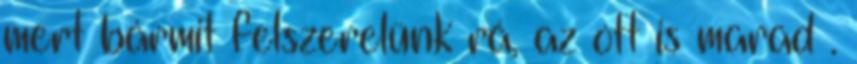
mert bármit felszerelünk rá, az ott is marad .